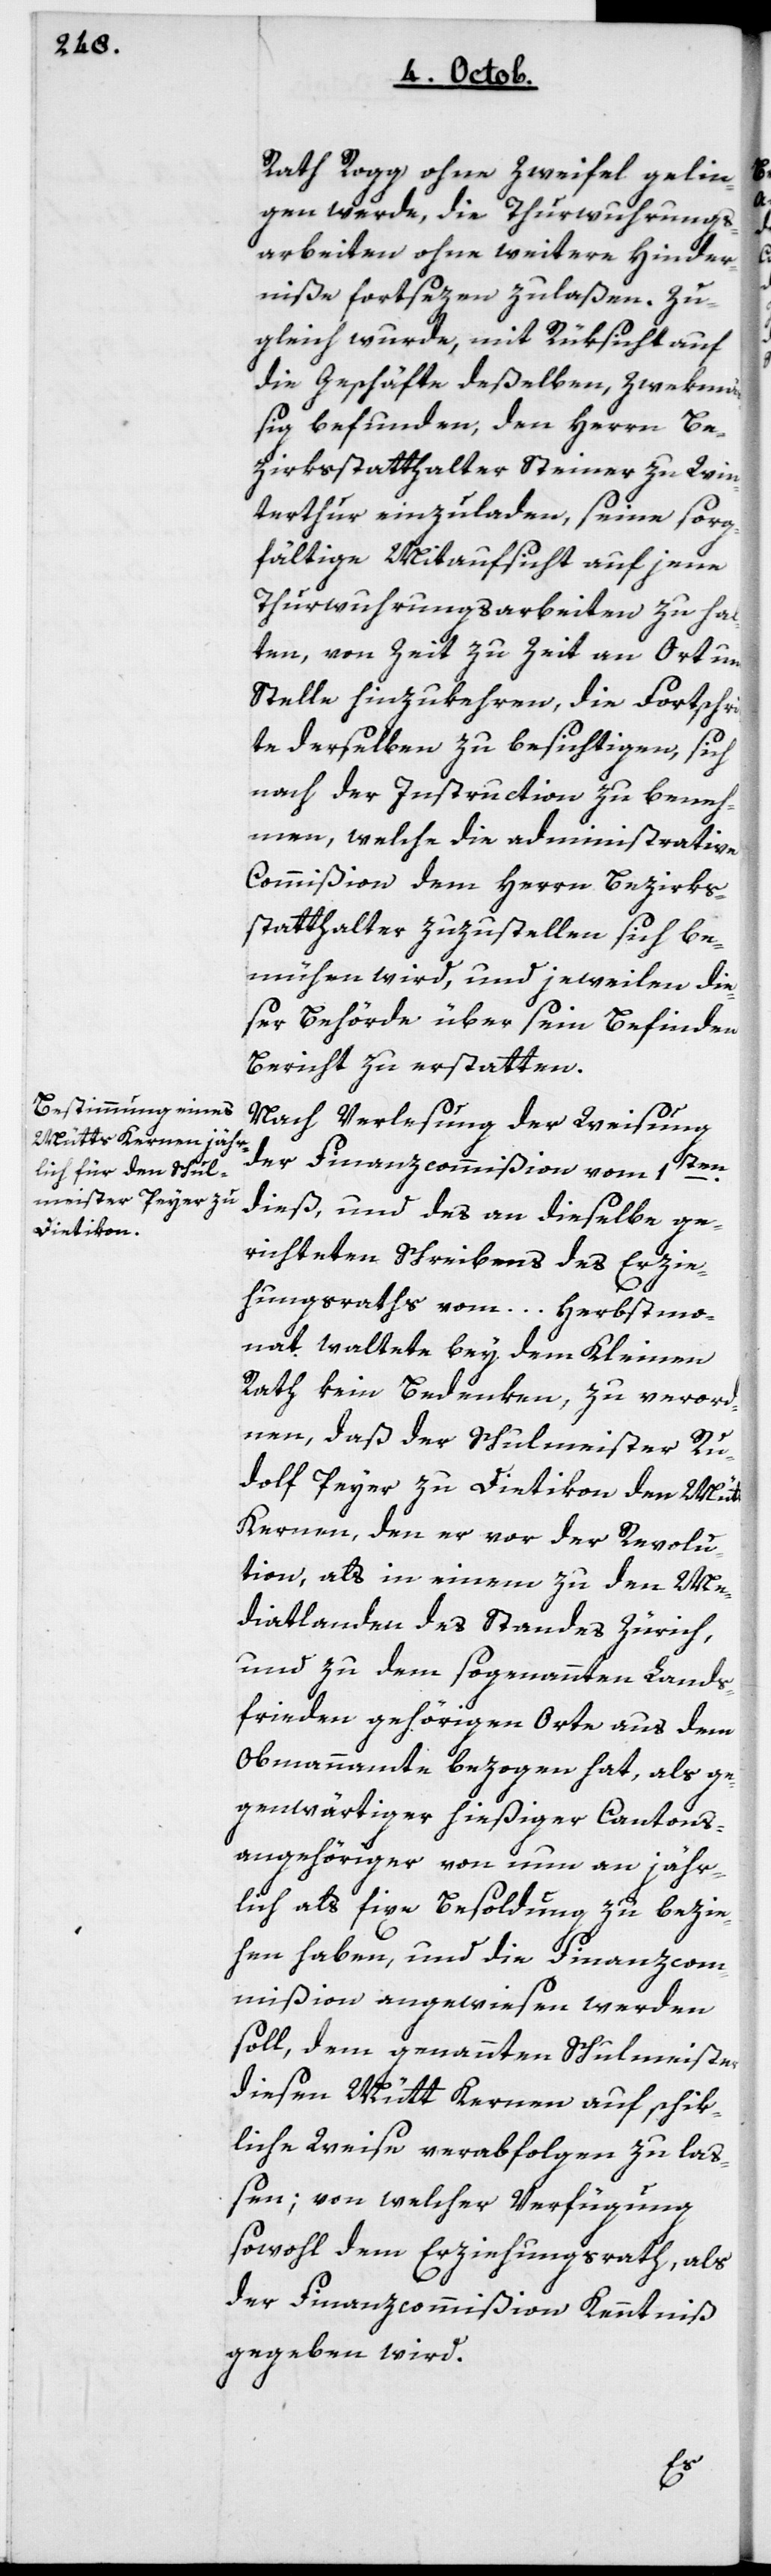
rath Rogg ohne Zweifel gelin¬
gen werde, die Thur-Wuhrungs¬
arbeiten ohne weitere Hinder¬
niße fortsezen zu laßen. Zu¬
gleich wurde, mit Rüksicht auf
die Geschäfte deßelben, zwekmä¬
ßig befunden, den Herrn Be¬
zirksstatthalter Steiner zu Win¬
terthur einzuladen, seine sorg¬
fältige Mitaufsicht auf jene
Thur-Wuhrungsarbeiten zu hal¬
ten, von Zeit zu Zeit an Ort und
Stelle hinzukehren, die Fortschri¬
tte derselben zu besichtigen, sich
nach der Instruktion zu beneh¬
men, welche die administrative
Commißion dem Herrn Bezirks¬
statthalter zuzustellen sich be¬
mühen wird, und jeweilen die¬
ser Behörde über sein Befinden
Bericht zu erstatten.
Nach Verlesung der Weisung
der Finanzcommißion vom 1ten
dieß, und des an dieselbe ge¬
richteten Schreibens des Erzie¬
hungsraths vom ... Herbstmo¬
nat, waltete bey dem Kleinen
Rath kein Bedenken, zu verord¬
nen, daß der Schulmeister Ru¬
dolf Peyer zu Dietikon den Mütt
Kernen, den er vor der Revolu¬
tion, als in einem zu den Me¬
diatlanden des Standes Zürich,
und zu dem sogenannte Lands¬
frieden gehörigen Orte aus dem
Obmannamte bezogen hat, als ge¬
genwärtiger hießiger Cantons¬
angehöriger von nun an jähr¬
lich als fixe Besoldung zu bezie¬
hen haben, und die Finanzcom¬
mißion angewiesen werden
soll, dem genannten Schulmeister
diesen Mütt Kernen auf schik¬
liche Weise verabfolgen zu laß¬
en; von welcher Verfügung
sowohl dem Erziehungsrath als
der Finanzcommißion Kenntniß
gegeben wird.